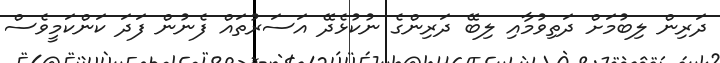
ދަރިން ލިބުމަށް ދަތިވުމާއި ލިބޭ ދަރިންގެ ނުކުޅެދޭ އަސަރުތައް ފެނުން ފަދަ ކަންކަމީވެސް